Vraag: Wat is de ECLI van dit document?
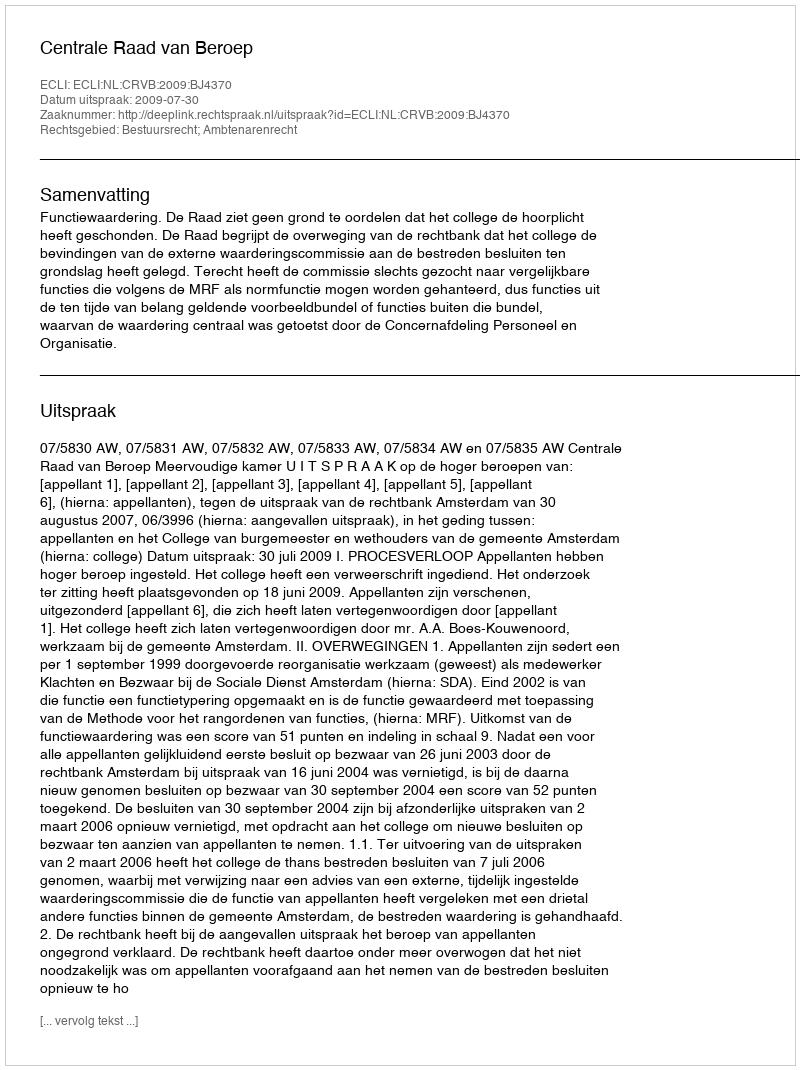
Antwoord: ECLI:NL:CRVB:2009:BJ4370